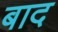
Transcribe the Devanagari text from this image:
बाद